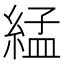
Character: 𦁧